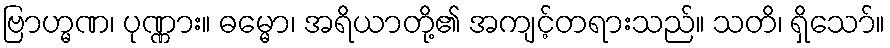
ဗြာဟ္မဏ၊ ပုဏ္ဏား။ ဓမ္မော၊ အရိယာတို့၏ အကျင့်တရားသည်။ သတိ၊ ရှိသော်။